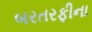
બરતરફીના